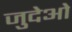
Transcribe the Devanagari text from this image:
जुदेओ